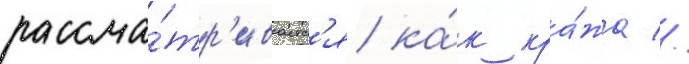
рассма́тр'иваетс'я ка́к кра́жа //